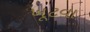
ખૂટવા